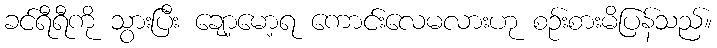
ခင်ရီရီကို သွားပြီး ချော့မော့ရ ကောင်းလေမလားဟု စဉ်းစားမိပြန်သည်။